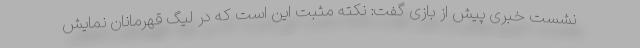
نشست خبری پیش از بازی گفت: نکته مثبت این است که در لیگ قهرمانان نمایش